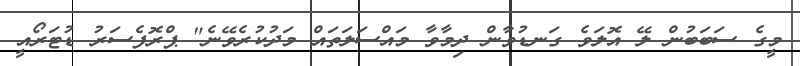
މީގެ ސަބަބުން ލޭ އޮލަވެ ގަނޑުވާން ދިމާވާ މައްސަލަތައް މަދުކުރެވޭނެ" ޕްރޮފެސަރު ޑުޓަރޯއީ